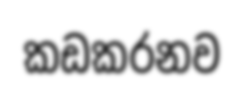
කඩකරනව